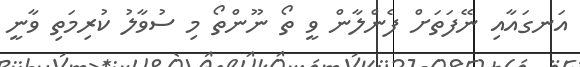
އަނގައާއި ނޭފަތަށް ފެންލާން ވީ ތޯ ނޫންތޯ މި ސުވާލު ކުރިމަތި ވާނީ